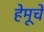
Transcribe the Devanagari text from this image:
हेमूचे